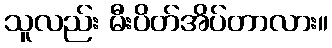
သူလည်း မီးပိတ်အိပ်တာလား။